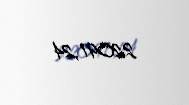
22091,24